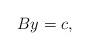
LaTeX: \begin{align*} By= c,\end{align*}